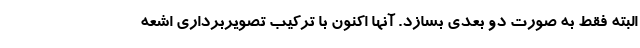
البته فقط به صورت دو بعدی بسازد. آنها اکنون با ترکیب تصویربرداری اشعه